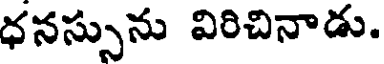
ధనస్సును విరిచినాడు.